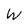
Character: W